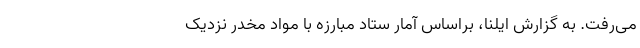
می‌رفت. به گزارش ایلنا، براساس آمار ستاد مبارزه با مواد مخدر نزدیک